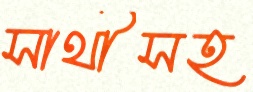
সাথীসহ